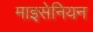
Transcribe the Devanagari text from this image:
माइसेनियन